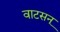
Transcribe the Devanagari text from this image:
वाटसन्